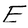
Character: E